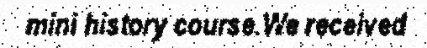
mini history course.We received